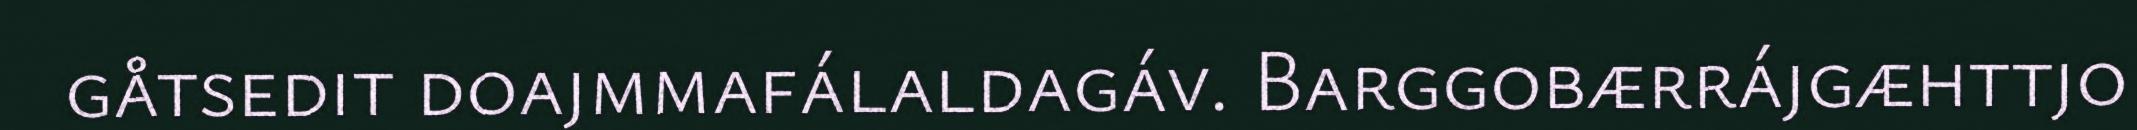
gåtsedit doajmmafálaldagáv. Barggobærrájgæhttjo